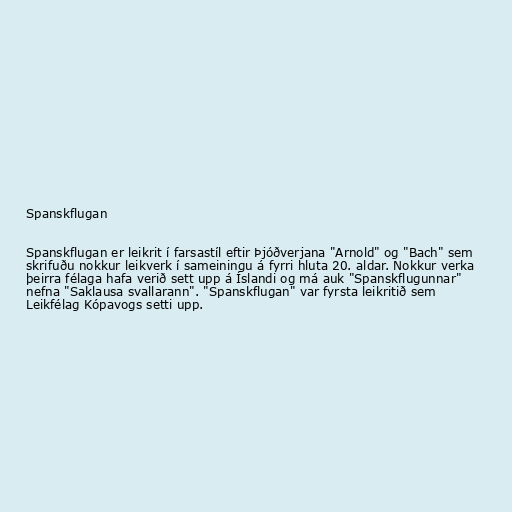
Spanskflugan

Spanskflugan er leikrit í farsastíl eftir Þjóðverjana "Arnold" og "Bach" sem
skrifuðu nokkur leikverk í sameiningu á fyrri hluta 20. aldar. Nokkur verka
þeirra félaga hafa verið sett upp á Íslandi og má auk "Spanskflugunnar"
nefna "Saklausa svallarann". "Spanskflugan" var fyrsta leikritið sem
Leikfélag Kópavogs setti upp.